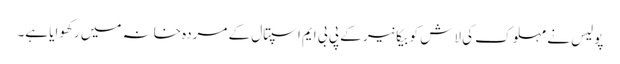
پولیس نے مہلوک کی لاش کو بیکانیر کے پی بی ایم اسپتال کے مردہ خانہ میں رکھوایا ہے۔